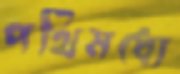
পথিমধ্যে